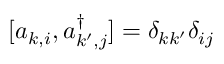
[ a _ { k , i } , a _ { k ^ { \prime } , j } ^ { \dagger } ] = \delta _ { k k ^ { \prime } } \delta _ { i j }